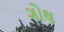
ગોથ